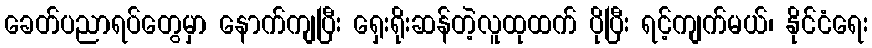
ခေတ်ပညာရပ်တွေမှာ နောက်ကျပြီး ရှေးရိုးဆန်တဲ့လူထုထက် ပိုပြီး ရင့်ကျက်မယ်၊ နိုင်ငံရေး